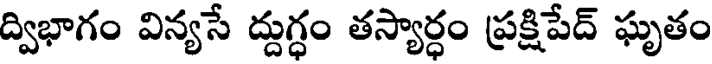
ద్విభాగం విన్యసే ద్దుగ్ధం తస్యార్ధం ప్రక్షిపేద్ ఘృతం